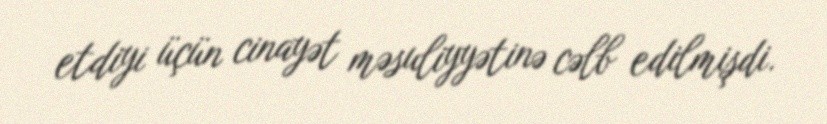
etdiyi üçün cinayət məsuliyyətinə cəlb edilmişdi.